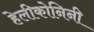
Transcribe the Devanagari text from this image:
हेलीकोनिनी